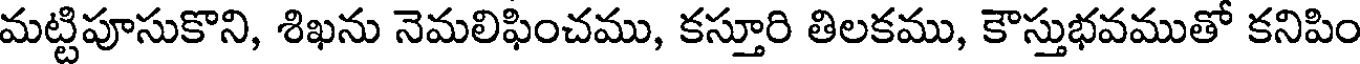
మట్టిపూసుకొని, శిఖను నెమలిఫించము, కస్తూరి తిలకము, కౌస్తుభవముతో కనిపిం